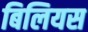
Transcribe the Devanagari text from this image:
बिलियस